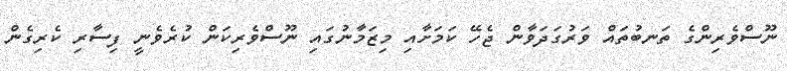
ނޫސްވެރިންގެ ތަނބުތައް ވަރުގަދަވާން ޖެހޭ ކަމަށާއި މިޒަމާނުގައި ނޫސްވެރިކަން ކުރެވެނީ ފިސާރި ކެރިގެން